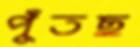
পুঁতছ